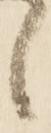
候